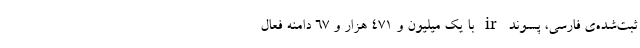
ثبت‌شده‌ی فارسی، پسوند ir با یک میلیون و ۴۷۱ هزار و ۶۷ دامنه‌ فعال